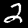
Digit: 2